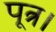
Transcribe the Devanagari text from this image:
पूत्र।